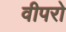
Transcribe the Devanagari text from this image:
वीपरो